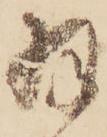
羽